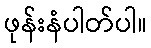
ဖုန်းနံပါတ်ပါ။